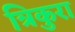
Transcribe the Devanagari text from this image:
त्रिकुरा